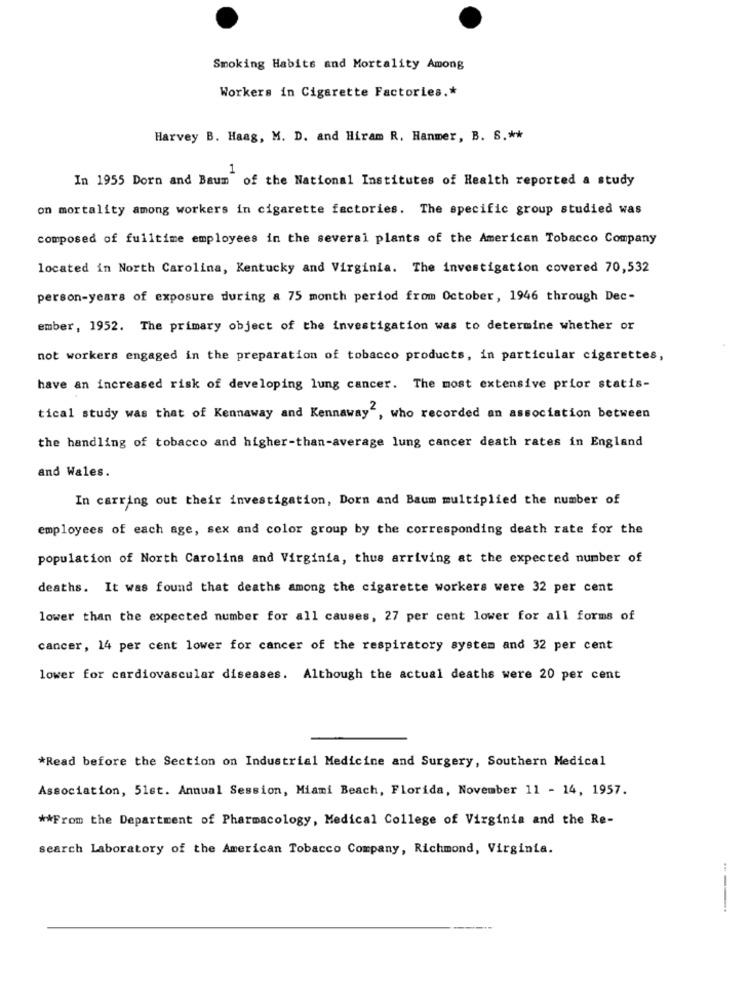
Smoking Habits and Mortality Among
Workers in Cigarette Factories .*
Harvey B. Haag, M. D. and Hiram R. Hanmer, B. S .**
1
In 1955 Dorn and Baum of the National Institutes of Health reported a study
on mortality among workers in cigarette factories. The specific group studied was
composed of fulltime employees in the several plants of the American Tobacco Company
located in North Carolina, Kentucky and Virginia. The investigation covered 70,532
person-years of exposure during a 75 month period from October, 1946 through Dec-
ember, 1952. The primary object of the investigation was to determine whether or
not workers engaged in the preparation of tobacco products, in particular cigarettes,
have an increased risk of developing lung cancer. The most extensive prior statis-
tical study was that of Kennaway and Kennaway", who recorded an association between
the handling of tobacco and higher-than-average lung cancer death rates in England
and Wales.
In carring out their investigation, Dorn and Baum multiplied the number of
employees of each age, sex and color group by the corresponding death rate for the
population of North Carolina and Virginia, thus arriving at the expected number of
deaths. It was found that deaths among the cigarette workers were 32 per cent
lower than the expected number for all causes, 27 per cent lower for all forms of
cancer, 14 per cent lower for cancer of the respiratory system and 32 per cent
lower for cardiovascular diseases. Although the actual deaths were 20 per cent
*Read before the Section on Industrial Medicine and Surgery, Southern Medical
Association, 51st. Annual Session, Miami Beach, Florida, November 11 - 14, 1957.
** From the Department of Pharmacology, Medical College of Virginia and the Re-
search Laboratory of the American Tobacco Company, Richmond, Virginia.